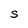
Character: S